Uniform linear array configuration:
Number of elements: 64
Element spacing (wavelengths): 0.75
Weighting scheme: kaiser
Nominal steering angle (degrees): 15
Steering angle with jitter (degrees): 13.241
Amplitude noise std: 0.05
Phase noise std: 0.05

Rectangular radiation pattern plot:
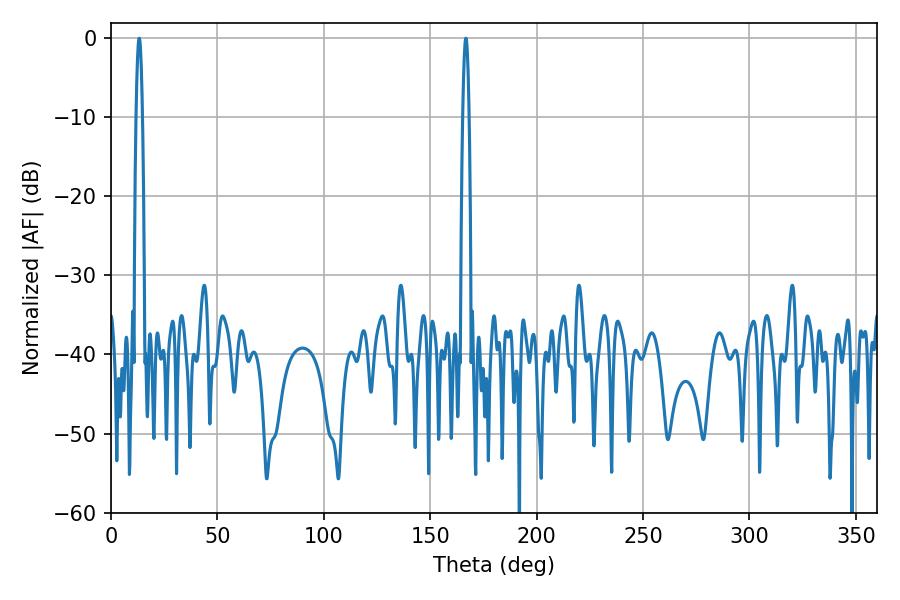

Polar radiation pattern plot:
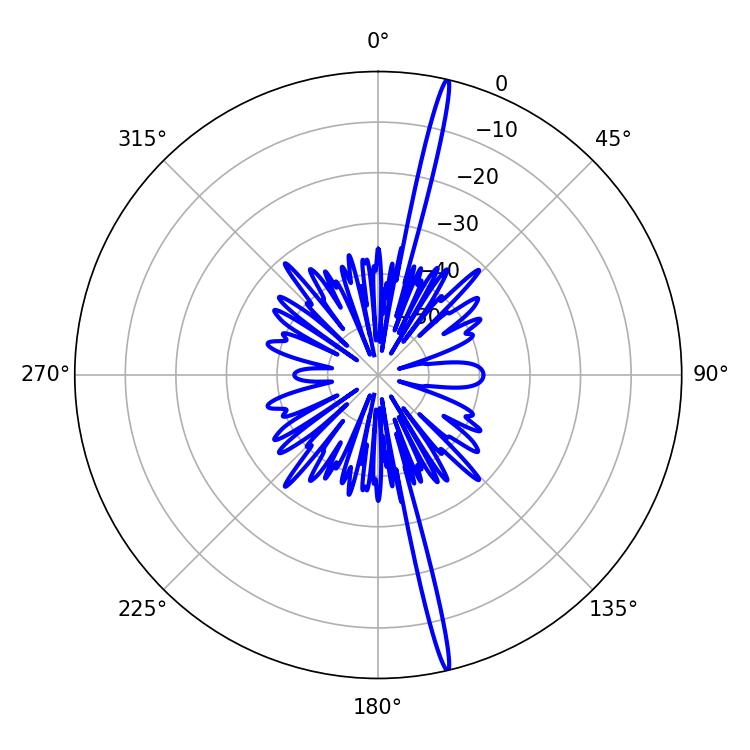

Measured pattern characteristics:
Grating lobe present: TRUE
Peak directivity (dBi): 21.362
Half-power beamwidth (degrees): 1.62
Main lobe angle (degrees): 166.68